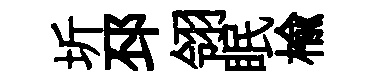
圻邳翎眠楡